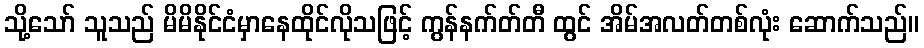
သို့သော် သူသည် မိမိနိုင်ငံမှာနေထိုင်လိုသဖြင့် ကွန်နက်တ်တီ ထွင် အိမ်အလတ်တစ်လုံး ဆောက်သည်။